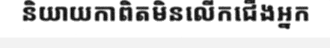
និយាយកាពិតមិនលើកជើងអ្នក